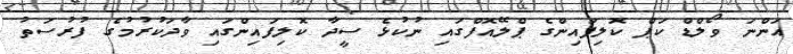
އަންނަ ވޯލްޑް ކަޕް ކޮލިފައިންގެ ޕްލޭއޮފްގައި ނުކުޅެ ސީދާ ކޮލިފައިންގައި ވާދަކުރުމުގެ ފުރުސަތު